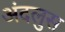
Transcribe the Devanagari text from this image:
अंदलुस